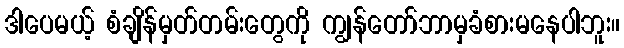
ဒါပေမယ့် စံချိန်မှတ်တမ်းတွေကို ကျွန်တော်ဘာမှခံစားမနေပါဘူး။